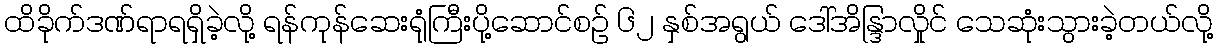
ထိခိုက်ဒဏ်ရာရရှိခဲ့လို့ ရန်ကုန်ဆေးရုံကြီးပို့ဆောင်စဉ် ၆၂ နှစ်အရွယ် ဒေါ်အိန္ဒြာလှိုင် သေဆုံးသွားခဲ့တယ်လို့